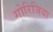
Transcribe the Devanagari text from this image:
गोरिजिया